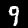
Label: 9